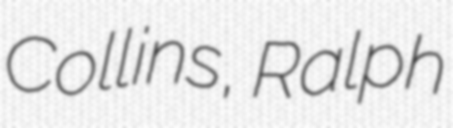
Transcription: Collins, Ralph